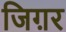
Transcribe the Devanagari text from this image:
जिग़र